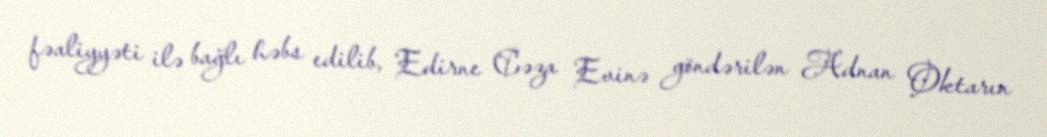
fəaliyyəti ilə bağlı həbs edilib, Edirne Cəza Evinə göndərilən Adnan Oktarın